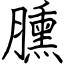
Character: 臐